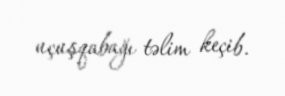
uçuşqabağı təlim keçib.